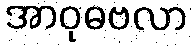
အာဝုဓဗလာ